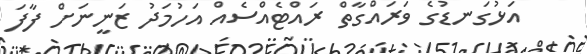
އަޅުގަނޑުގެ ވަރައްގާތް ރައްޓެއްސެއް އަހުމަދު ޒަނީނަށް ފާފަ